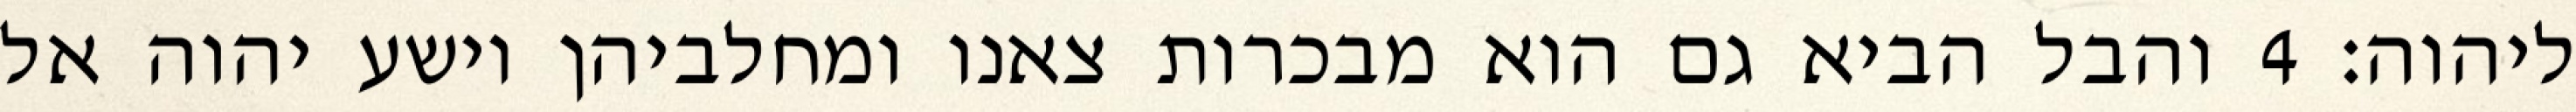
ליהוה׃ ‎4‏ והבל הביא גם הוא מבכרות צאנו ומחלביהן וישע יהוה אל